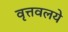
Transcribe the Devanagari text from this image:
वृत्तवलये